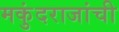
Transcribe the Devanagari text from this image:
मकुंदराजांची